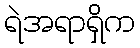
ရဲအရာရှိက